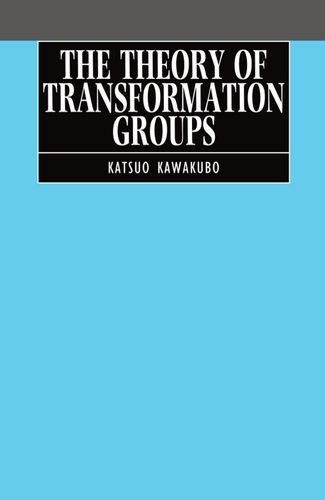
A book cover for The Theory of Transformation Groups; Katsuo Kawakubo; Science & Math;